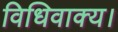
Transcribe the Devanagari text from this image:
विधिवाक्य।